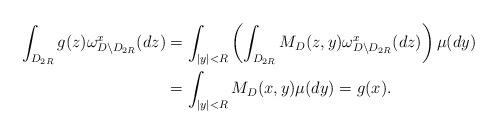
LaTeX: \begin{align*}\int_{D_{2R}} g(z)\omega_{D\setminus D_{2R}}^x(dz)&=\int_{|y|<R}\left(\int_{D_{2R}}M_D(z,y)\omega_{D\setminus D_{2R}}^x(dz)\right)\mu(dy)\\&=\int_{|y|<R}M_D(x,y)\mu(dy)=g(x).\end{align*}